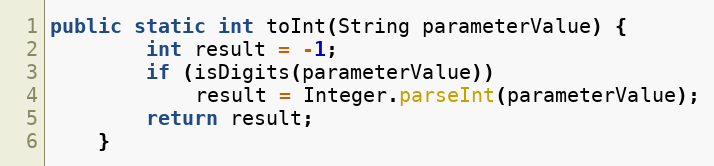
Language: Java
public static int toInt(String parameterValue) {
        int result = -1;
        if (isDigits(parameterValue))
            result = Integer.parseInt(parameterValue);
        return result;
    }